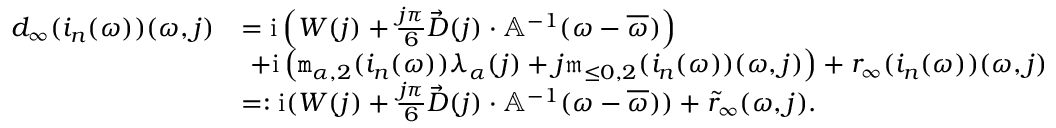
\begin{array} { r l } { d _ { \infty } ( i _ { n } ( \omega ) ) ( \omega , j ) } & { = \mathrm { i } \left( W ( j ) + \frac { j \pi } { 6 } \vec { D } ( j ) \cdot \mathbb { A } ^ { - 1 } ( \omega - \overline { { \omega } } ) \right) } \\ & { \ + \mathrm { i } \left( \mathtt { m } _ { \alpha , 2 } ( i _ { n } ( \omega ) ) \lambda _ { \alpha } ( j ) + j \mathfrak { m } _ { \le 0 , 2 } ( i _ { n } ( \omega ) ) ( \omega , j ) \right) + r _ { \infty } ( i _ { n } ( \omega ) ) ( \omega , j ) } \\ & { = : \mathrm { i } ( W ( j ) + \frac { j \pi } { 6 } \vec { D } ( j ) \cdot \mathbb { A } ^ { - 1 } ( \omega - \overline { { \omega } } ) ) + \tilde { r } _ { \infty } ( \omega , j ) . } \end{array}